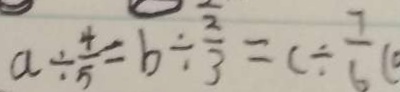
a \div \frac { 4 } { 5 } = b \div \frac { 2 } { 3 } = c \div \frac { 7 } { 6 } (